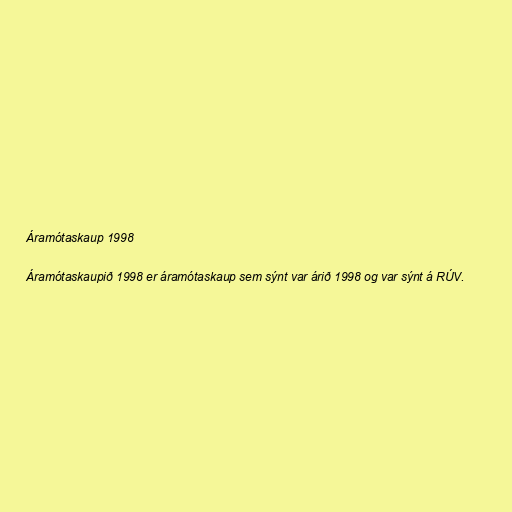
Áramótaskaup 1998

Áramótaskaupið 1998 er áramótaskaup sem sýnt var árið 1998 og var sýnt á RÚV.